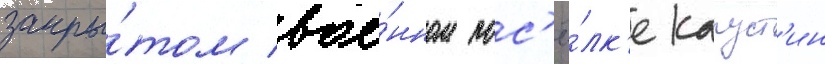
закры́том вое́нном пос'ё́лк'е капуст'ин